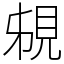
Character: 䙻